Madras plague regulations and rules for district municipalities and other towns and villages
Disease focus: Plague
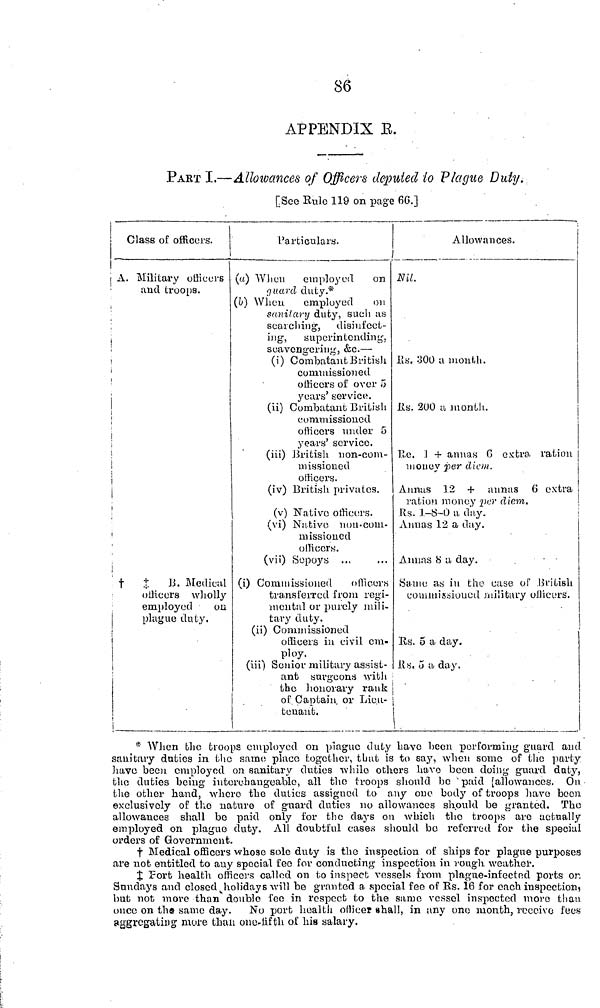
86
APPENDIX E.
PART I.—Allowances of Officers deputed to Plague Duty.
[See Rule 119 on page 66.]
Class of officers.
A. Military officers
and troops.
†
‡
B. Medical
officers wholly
employed
on
plague duty.
Particulars.
(a) When
employed
on
guard duty.*
(b) When.
employed
on
sanitary duty, such as
searching, disinfect-
ing,
superintending,
scavengering, &e. —
(i) Combatant British
commissioned
officers of over 5
years' service.
(ii) Combatant British
commissioned
officers under 5
years' service.
(iii) British non-com-
missioned
officers.
(iv) British privates.
(v) Native officers.
(vi) Native non-com-
missioucd
officers.
(vii) Sepoy's ..,
(i) Commissioned officers
transferred from regi-
mental or purely mili-
tary duty.
(ii) Commissioned
officers in civil cm-
ploy.
(iii) Senior military assist-
Allowances.
Nil.
lîs. 300 a month.
Rs. 200 a month.
Re. 1 + annas 6 extra ration
money per diem.
Annas 32 + annas 6 extra
ration money per diem.
Rs. 1-8-0 a day.
Annas 12 a day.
Annas 8 a day.
Same as in the case of British
commissioned military officers.
Rs. 5 a day.
Rs. 5 a day.
ant surgeons with
the honorary rank j
of Captain, or Lieu- |
tenant.
* When the troops employed on plague duty have been performing guard and
sanitary duties in the same place together, that is to say, when some of the party
have been employed on sanitary duties while others have been doing guard duty,
the duties being interchangeable, all the troops should be paid [allowances. On
the other hand, where the duties assigned to any one body of troops have been
exclusively of the nature of guard duties no allowances should be granted. The
allowances shall be paid only for the days on which the troops are actually
employed on plague duty. All doubtful cases should be referred for the special
orders of Government.
† Medical officers whose sole duty is the inspection of ships for plague purposes
are not entitled to any special fee for conducting inspection in rough weather.
‡ Port health officers called on to inspect vessels from plague-infected ports or.
Sundays and closed holidays will be granted a special fee of Rs. 16 for each inspection)
but not more than double fee in respect to the same vessel inspected more than
once on the same day.
No port health officer shall, in any one month, receive fees
aggregating mure than one-fifth of his salary.